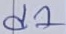
Text: d1